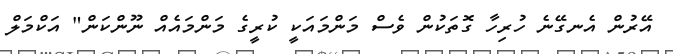
އޭރުން އެނގޭނެ ހުރިހާ ގޮތަކުން ވެސް މަންމައަކީ ކުރީގެ މަންމައެއް ނޫންކަން" އަކްމަލް